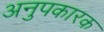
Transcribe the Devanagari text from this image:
अनुपकारक